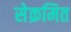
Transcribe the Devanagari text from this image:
सेक्रमित